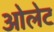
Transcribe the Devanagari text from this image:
ओलेट